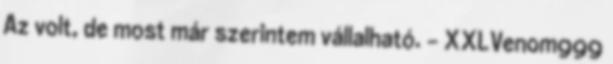
Az volt, de most már szerintem vállalható. – XXLVenom999